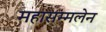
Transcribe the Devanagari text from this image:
महासम्मलेन